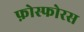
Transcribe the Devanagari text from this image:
फ़ोस्फोरस